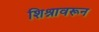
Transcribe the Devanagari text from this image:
शिश्नावरून